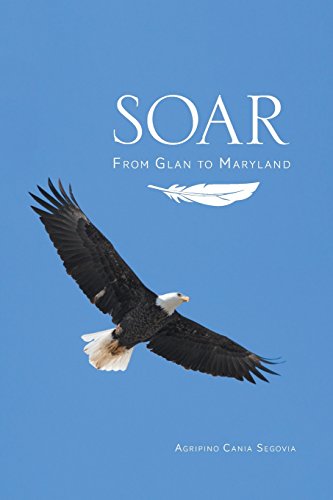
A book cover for Soar - From Glan to Maryland; Agripino Cania Segovia; Christian Books & Bibles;